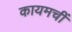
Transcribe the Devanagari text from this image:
कायमचीं